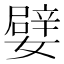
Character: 嬖